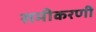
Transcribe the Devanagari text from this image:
समीकरणी